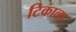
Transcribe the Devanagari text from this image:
टिकाला